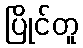
ပြိုင်တူ